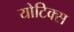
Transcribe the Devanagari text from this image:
योटिक्स